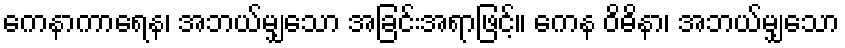
ကေနာကာရေန၊ အဘယ်မျှသော အခြင်းအရာဖြင့်။ ကေန ဝိဓိနာ၊ အဘယ်မျှသော